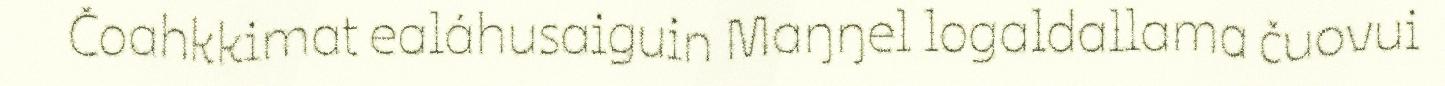
Čoahkkimat ealáhusaiguin Maŋŋel logaldallama čuovui